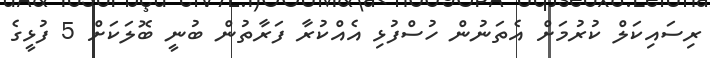
ރިސައިކަލް ކުރުމަށް އެތަނުން ހުސްފުޅި އެއްކުރާ ފަރާތުން ބުނީ ބޮލަކަށް 5 ފުޅީގެ